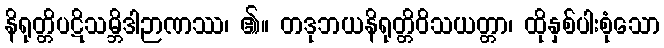
နိရုတ္တိပဋိသမ္ဘိဒါဉာဏဿ၊ ၏။ တဒုဘယနိရုတ္တိဝိသယတ္တာ၊ ထိုနှစ်ပါးစုံသော